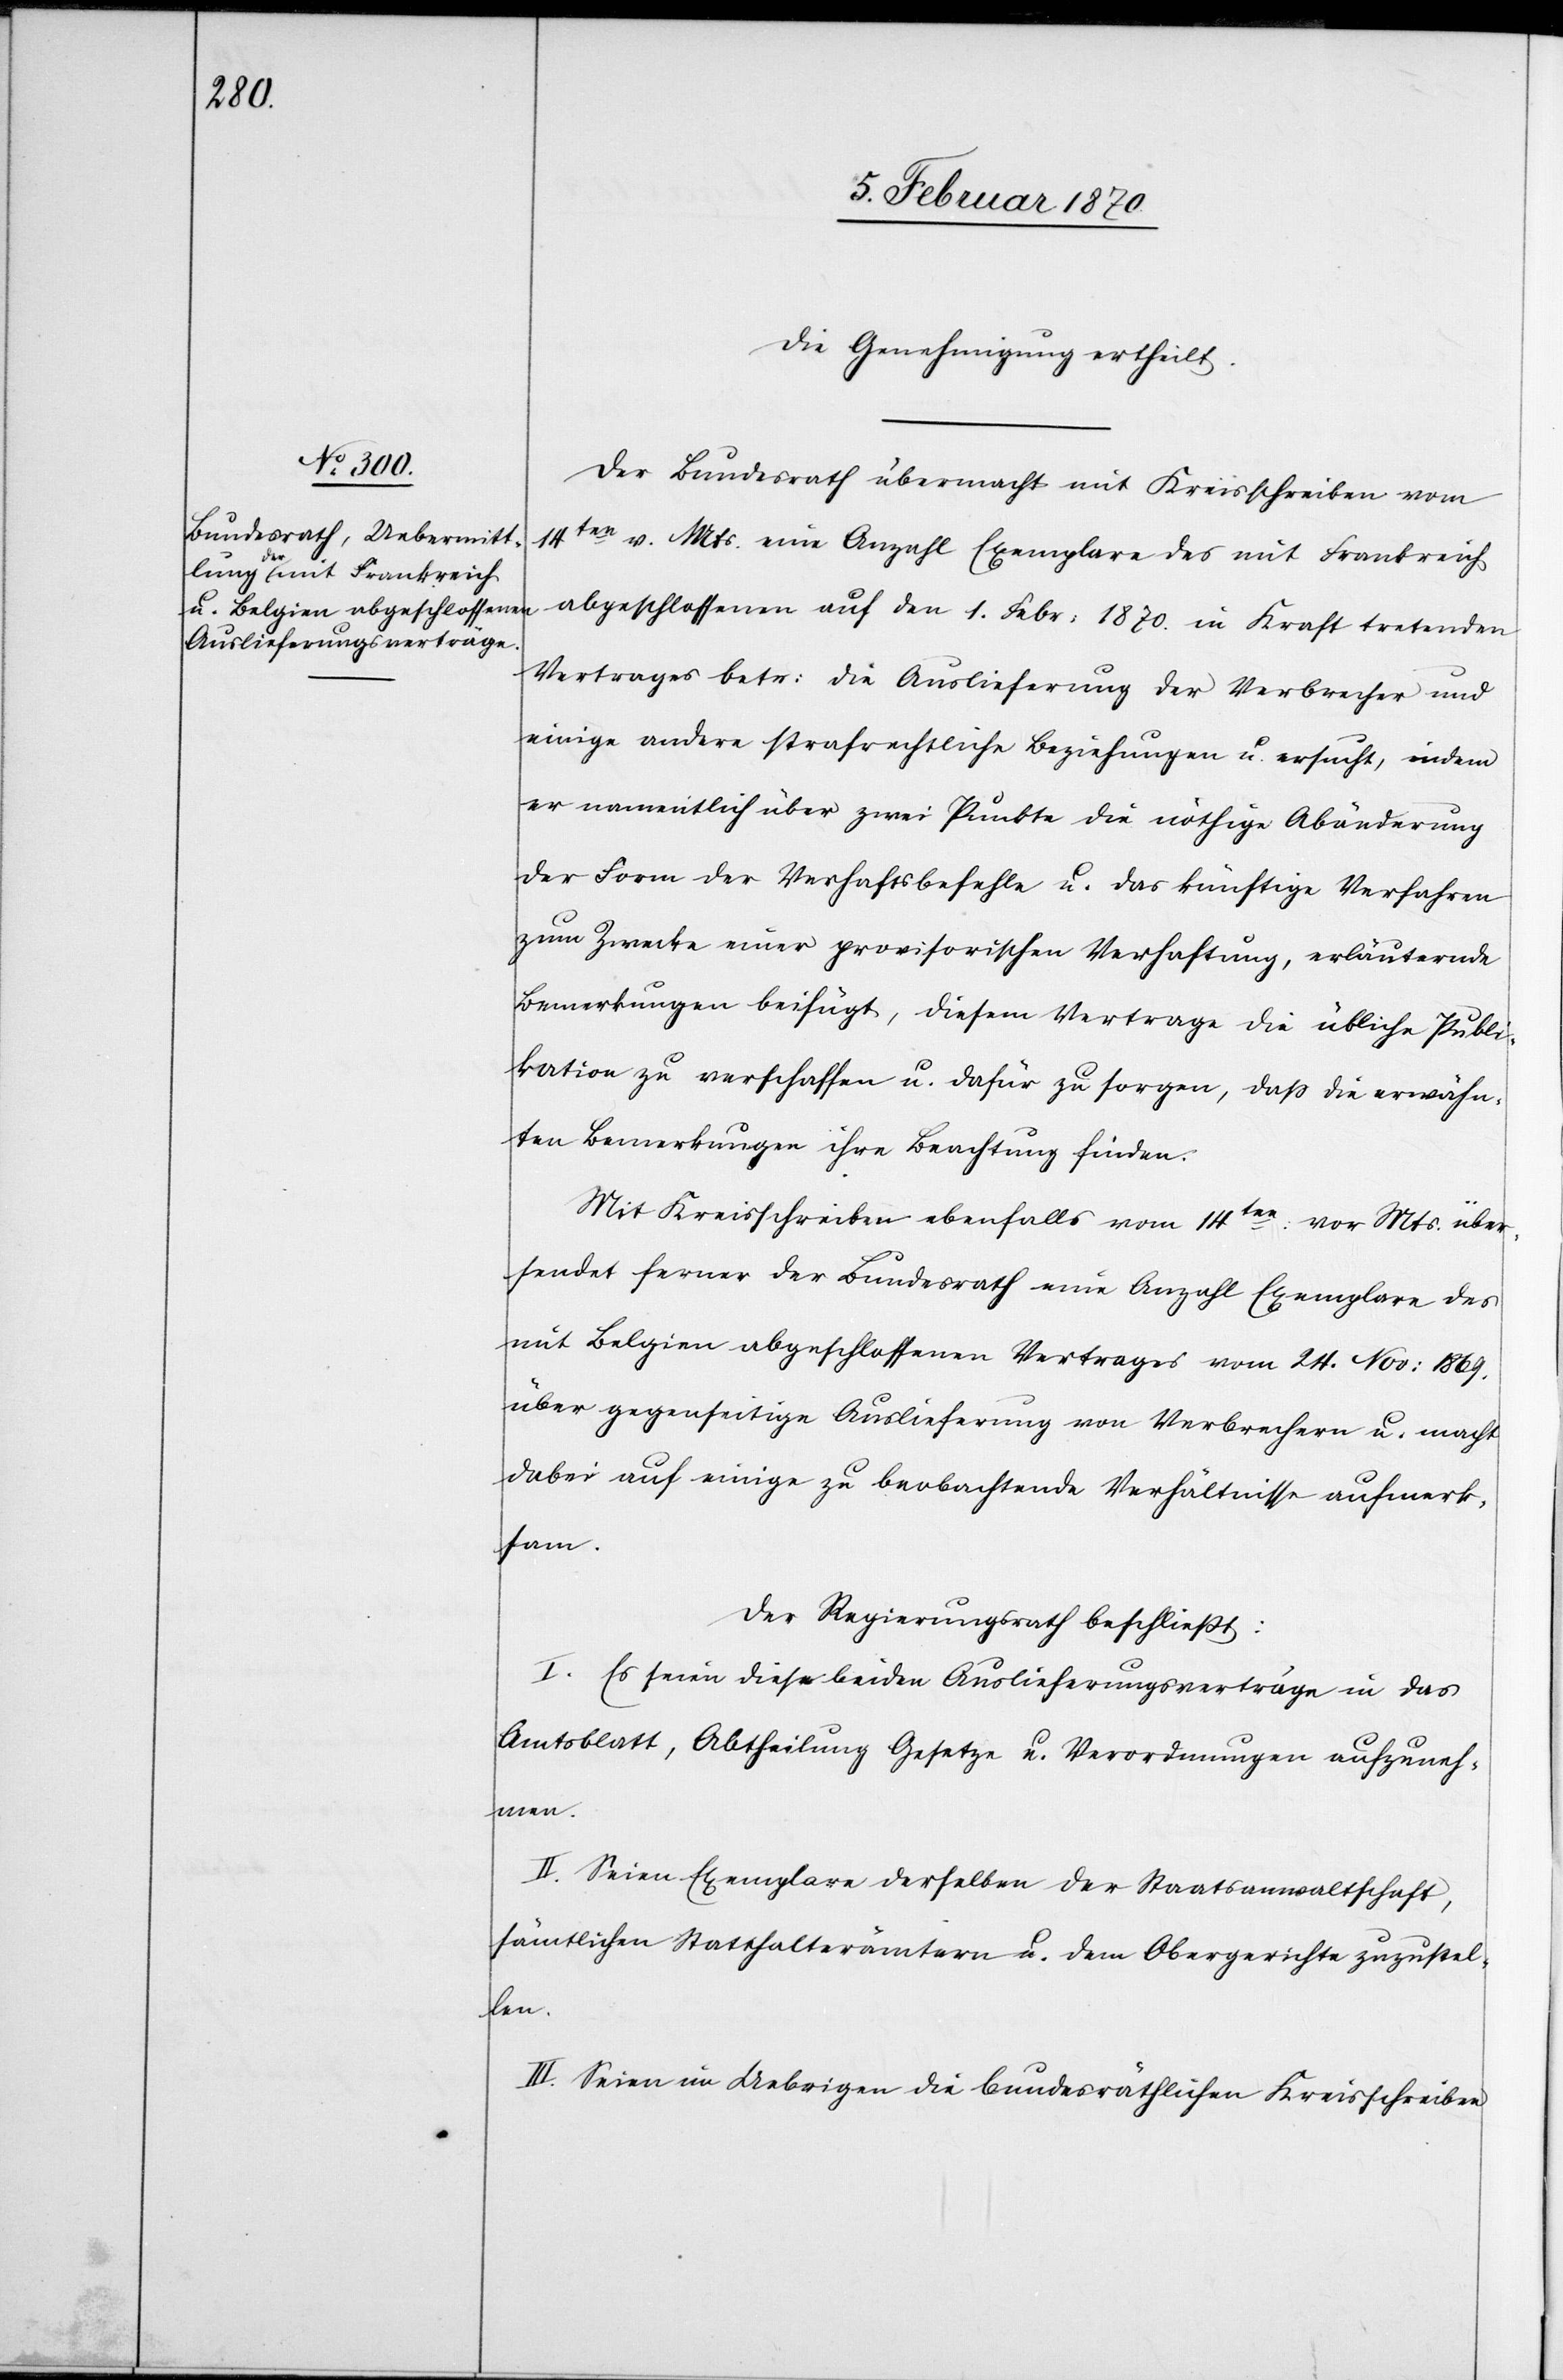
die Genehmigung ertheilt.
Der Bundesrath übermacht mit Kreisschreiben vom
14ten v. Mts. eine Anzahl Exemplare des mit Frankreich
abgeschlossenen auf den 1. Febr: 1870. in Kraft tretenden
Vertrages betr: die Auslieferung der Verbrecher und
einige andere strafrechtliche Beziehungen u. ersucht, indem
er namentlich über zwei Punkte die nöthige Abänderung
der Form der Verhaftsbefehle u. das künftige Verfahren
zum Zwecke einer provisorischen Verhaftung, erläuternde
Bemerkungen beifügt, diesem Vertrage die übliche Publi¬
kation zu verschaffen u. dafür zu sorgen, dass die erwähn¬
ten Bemerkungen ihre Beachtung finden.
Mit Kreisschreiben ebenfalls vom 14ten: vor Mts. über¬
sendet ferner der Bundesrath eine Anzahl Exemplare des
mit Belgien abgeschlossenen Vertrages vom 24. Nov: 1869.
über gegenseitige Auslieferung von Verbrechern u. macht
dabei auf einige zu beobachtende Verhältnisse aufmerk¬
sam.
Der Regierungsrath beschliesst:
I. Es seien diese beiden Auslieferungsverträge in das
Amtsblatt, Abtheilung Gesetze u. Verordnungen aufzuneh¬
men.
II. Seien Exemplare derselben der Staatsanwaltschaft,
sämtlichen Statthalterämtern u. dem Obergerichte zuzustel¬
len.
III. Seien im Uebrigen die bundesräthlichen Kreisschreiben